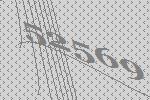
52569